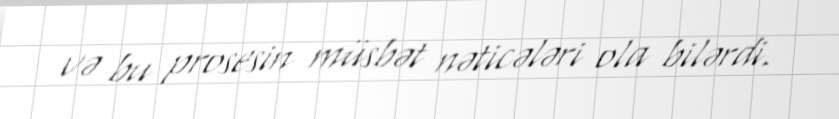
və bu prosesin müsbət nəticələri ola bilərdi.